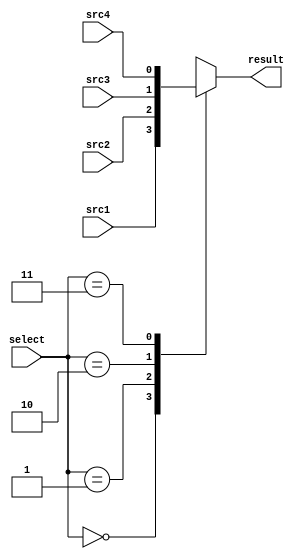
module MUX4to1(
	input			src1,
	input			src2,
	input			src3,
	input			src4,
	input   [2-1:0] select,
	output reg		result
	);
	
always@(*) begin
    case(select)
		2'b00: result <= src1;
		2'b01: result <= src2;
		2'b10: result <= src3;
		2'b11: result <= src4;
    endcase
end
endmodule